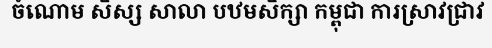
ចំណោម សិស្ស សាលា បឋមសិក្សា កម្ពុជា ការស្រាវជ្រាវ